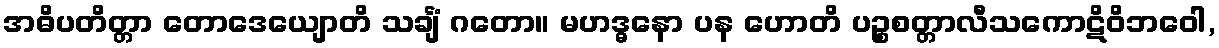
အဓိပတိတ္တာ တောဒေယျောတိ သင်္ချံ ဂတော။ မဟဒ္ဓနော ပန ဟောတိ ပဉ္စစတ္တာလီသကောဋိဝိဘဝေါ,